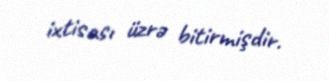
ixtisası üzrə bitirmişdir.